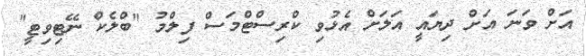
އަށް ވަނަ އަށް ދިޔައީ އަލަށް އެޅުވި ކްރިސްޓްމަސް ފިލްމު "ބްލެކް ނޭޓިވިޓީ"